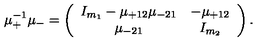
\mu _ { + } ^ { - 1 } \mu _ { - } = \left( \begin{array} { c c } { I _ { m _ { 1 } } - \mu _ { + 1 2 } \mu _ { - 2 1 } } & { - \mu _ { + 1 2 } } \\ { \mu _ { - 2 1 } } & { I _ { m _ { 2 } } } \\ \end{array} \right) .